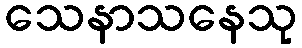
သေနာသနေသု